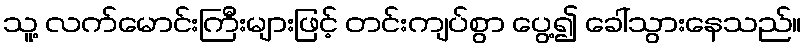
သူ့ လက်မောင်းကြီးများဖြင့် တင်းကျပ်စွာ ပွေ့၍ ခေါ်သွားနေသည်။